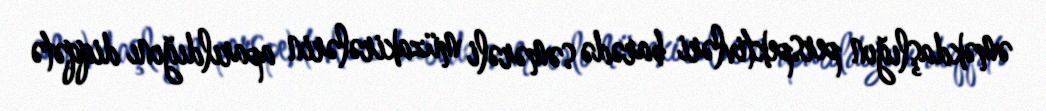
əməkdaşlığın perspektivləri barədə səmərəli müzakirələrin aparıldığını diqqətə